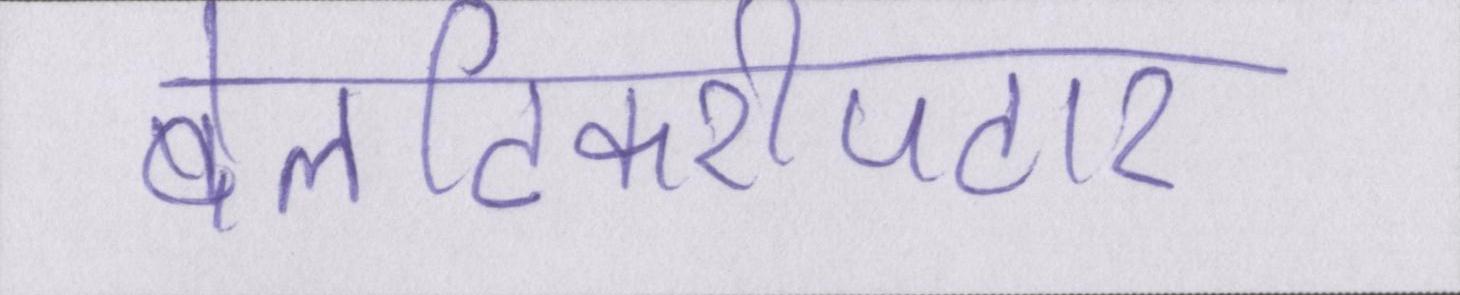
बेलटिकरीपटार